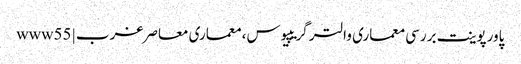
پاورپوینت بررسی معماری والتر گریپیوس، معماری معاصر غرب | www55